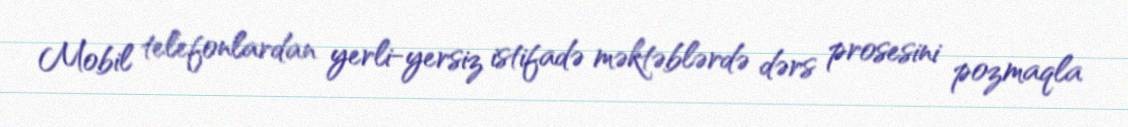
Mobil telefonlardan yerli-yersiz istifadə məktəblərdə dərs prosesini pozmaqla